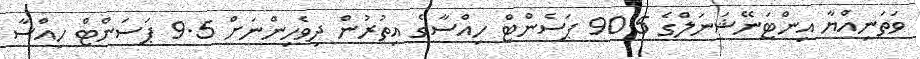
ވަތަނިއްޔާ އިންޓަނޭޝަނަލްގެ 90.5 ޕަސެންޓް ހިއްސާގެ އިތުރުން ދިވެހިންނަށް 9.5 ޕަސަންޓް ހިއްސާ